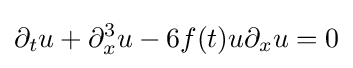
\displaystyle \partial _{t}u+\partial _{x}^{3}u-6f(t)u\partial _{x}u=0